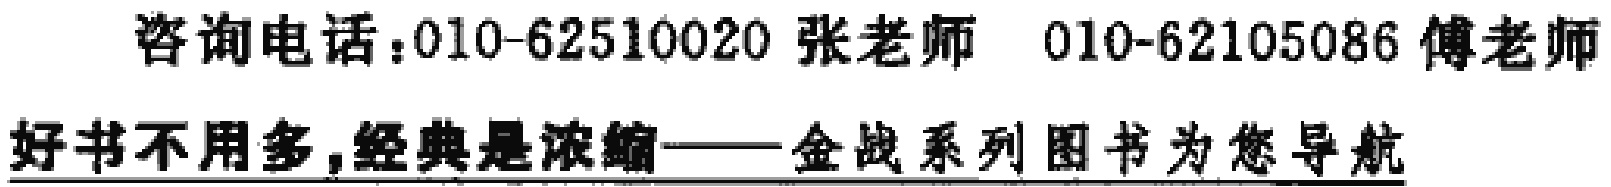
咨询电话：010-62510020 张老师 010-62105086 傅老师
好书不用多,经典是浓缩——金战系列图书为您导航